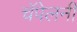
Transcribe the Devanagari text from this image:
चॅपेलनी